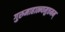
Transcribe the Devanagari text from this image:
गुरुमाहात्म्यमुत्तमम्